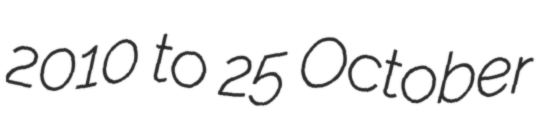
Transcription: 2010 to 25 October